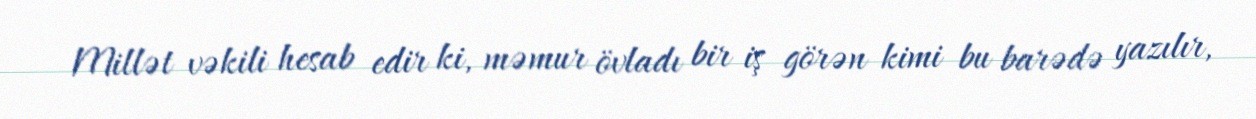
Millət vəkili hesab edir ki, məmur övladı bir iş görən kimi bu barədə yazılır,